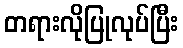
တရားလိုပြုလုပ်ပြီး